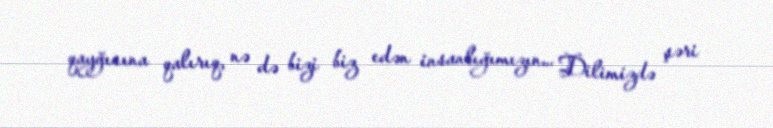
qayğısına qalırıq, nə də bizi biz edən insanlığımızın... Dilimizdə şəri